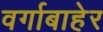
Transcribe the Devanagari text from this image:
वर्गाबाहेर